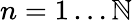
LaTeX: n=1\ldots\mathbb{N}